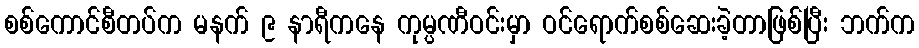
စစ်ကောင်စီတပ်က မနက် ၉ နာရီကနေ ကုမ္ပဏီဝင်းမှာ ဝင်ရောက်စစ်ဆေးခဲ့တာဖြစ်ပြီး ဘက်က